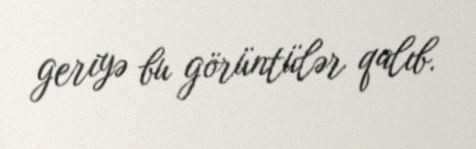
geriyə bu görüntülər qalıb.